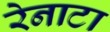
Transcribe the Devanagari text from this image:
रेनाटा